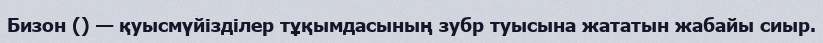
Бизон () — қуысмүйізділер тұқымдасының зубр туысына жататын жабайы сиыр.